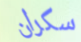
سكران